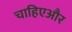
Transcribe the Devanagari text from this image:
चाहिएऔर